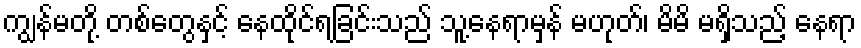
ကျွန်မတို့ တစ်တွေနှင့် နေထိုင်ရခြင်းသည် သူ့နေရာမှန် မဟုတ်၊ မိမိ မရှိသည့် နေရာ